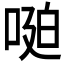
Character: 𱓆